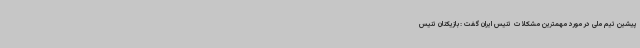
پیشین تیم ملی در مورد مهمترین مشکلات تنیس ایران گفت :بازیکنان تنیس